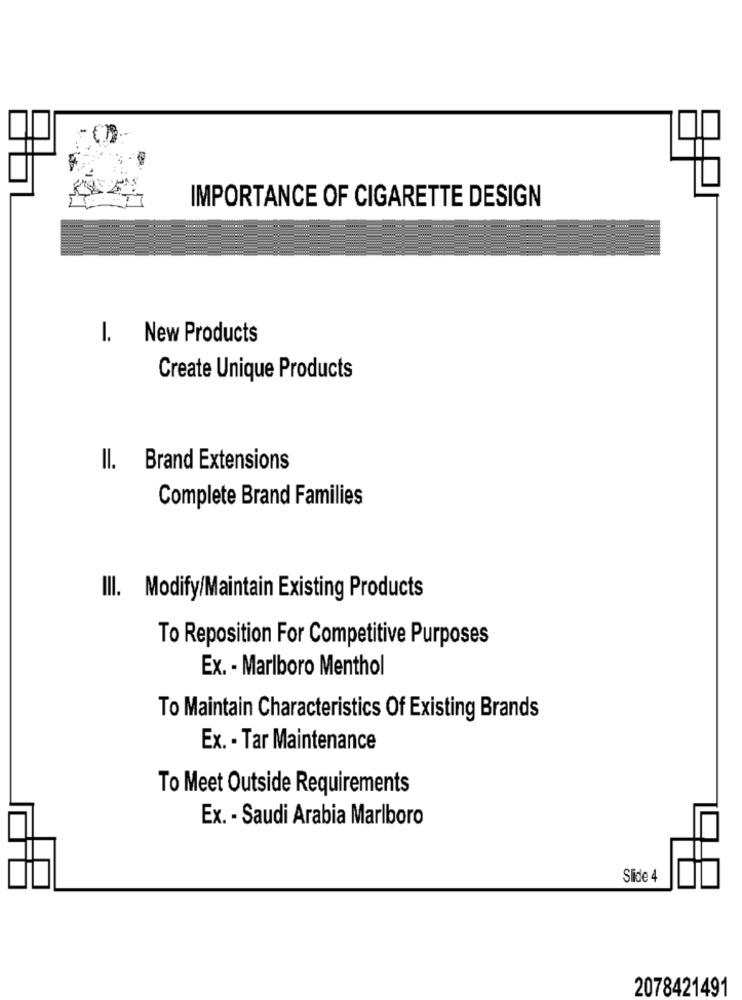
IMPORTANCE OF CIGARETTE DESIGN
1. New Products
Create Unique Products
Il. Brand Extensions
Complete Brand Families
III. Modify/Maintain Existing Products
To Reposition For Competitive Purposes
Ex. - Marlboro Menthol
To Maintain Characteristics Of Existing Brands
Ex. . Tar Maintenance
To Meet Outside Requirements
Ex. - Saudi Arabia Marlboro
Slide 4
2078421491